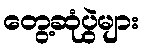
တွေ့ဆုံပွဲများ